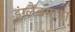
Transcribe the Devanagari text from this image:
इंग्लैंडयात्रा